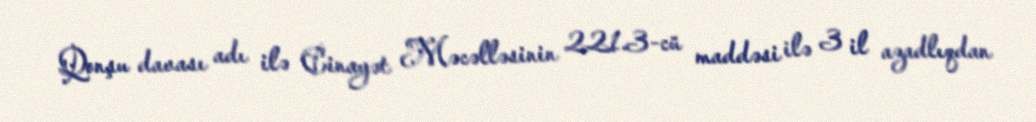
Qonşu davası adı ilə Cinayət Məcəlləsinin 221.3-cü maddəsi ilə 3 il azadlıqdan